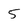
Character: 5